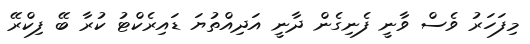
މިފަހަރު ވެސް ވާނީ ފެނިގެން ދާނީ އަދިއްތުޔަ ޑައިރެކްޓު ކުރާ ބޭ ފިކްރޭ